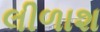
લીળાશ